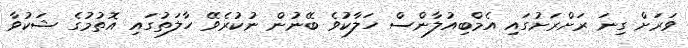
ވަރަށް ގިނަ ރަށްރަށުގައި އެމްބިއުލާންސް ހަލާކުވެ ބޭނުން ނުކުރެވޭ ހާލަތުގައި އޮތުމުގެ ޝަކުވާ